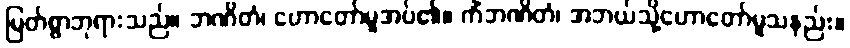
မြတ်စွာဘုရားသည်။ ဘဏိတံ၊ ဟောတော်မူအပ်၏။ ကိံဘဏိတံ၊ အဘယ်သို့ဟောတော်မူသနည်း။